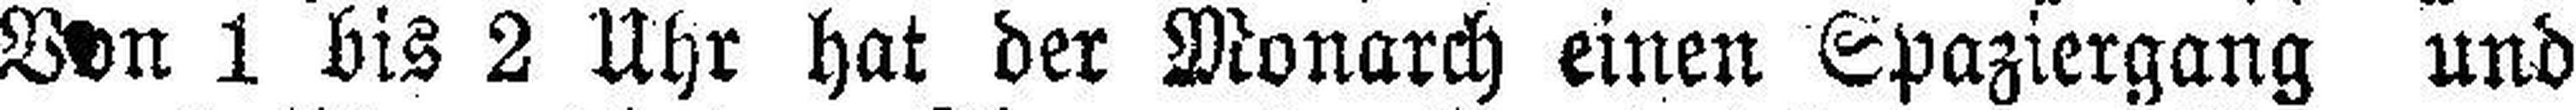
Von 1 bis 2 Uhr hat der Monarch einen Spaziergang und